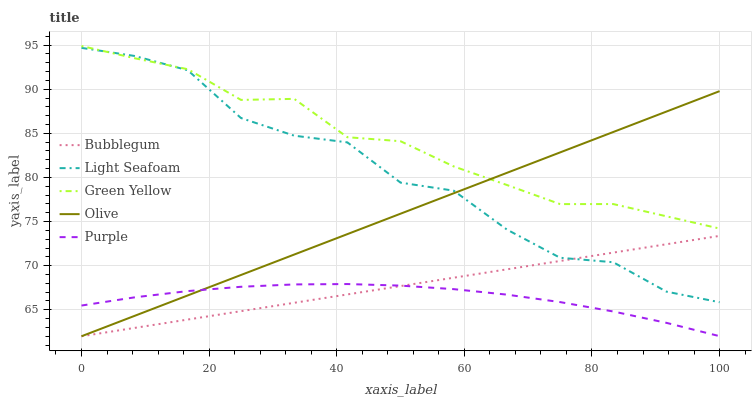
| xaxis_label | Bubblegum | Light Seafoam | Green Yellow | Olive | Purple |
 | --- | --- | --- | --- | --- | --- |
 | 0 | 62 | 94.7 | 94.9 | 62 | 65.5 |
 | 8.33 | 62.9 | 93.8 | 93.5 | 64.3 | 66.4 |
 | 16.7 | 63.9 | 92.1 | 92.3 | 66.6 | 67.1 |
 | 25 | 64.8 | 86.7 | 88.8 | 68.9 | 67.6 |
 | 33.3 | 65.8 | 84.7 | 88.9 | 71.3 | 67.9 |
 | 41.7 | 66.7 | 84 | 84.6 | 73.6 | 67.9 |
 | 50 | 67.7 | 79.4 | 84.1 | 75.9 | 67.7 |
 | 58.3 | 68.6 | 78.5 | 81.2 | 78.2 | 67.3 |
 | 66.7 | 69.6 | 74.1 | 79.1 | 80.5 | 66.7 |
 | 75 | 70.5 | 70.9 | 77 | 82.8 | 65.9 |
 | 83.3 | 71.5 | 70.4 | 77 | 85.1 | 64.8 |
 | 91.7 | 72.4 | 67.1 | 75.6 | 87.5 | 63.5 |
 | 100 | 73.4 | 65.9 | 74.2 | 89.8 | 62 |